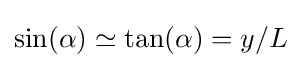
\sin(\alpha )\simeq \tan(\alpha )=y/L